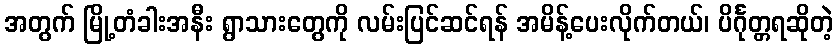
အတွက် မြို့တံခါးအနီး ရွာသားတွေကို လမ်းပြင်ဆင်ရန် အမိန့်ပေးလိုက်တယ်၊ ပိင်္ဂုတ္တရဆိုတဲ့